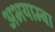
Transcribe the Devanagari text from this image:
अभयाम्बा